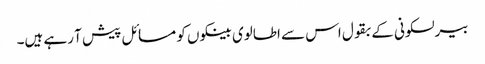
بیرلسکونی کے بقول اس سے اطالوی بینکوں کو مسائل پیش آ رہے ہیں۔